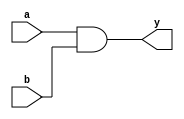
module and1 (input a, input b, output y);
    //i know this might seem unnecessary and silly, but I want the alu itself to be consistent in referencing other modules for each different thing it can do
    and(y, a,b);

endmodule